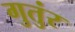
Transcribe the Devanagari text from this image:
गुतुंर